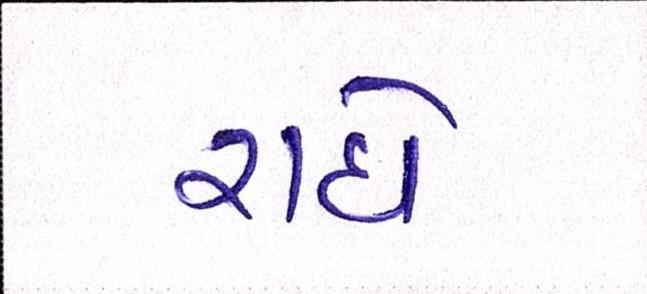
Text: રાધે